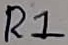
Text: R1